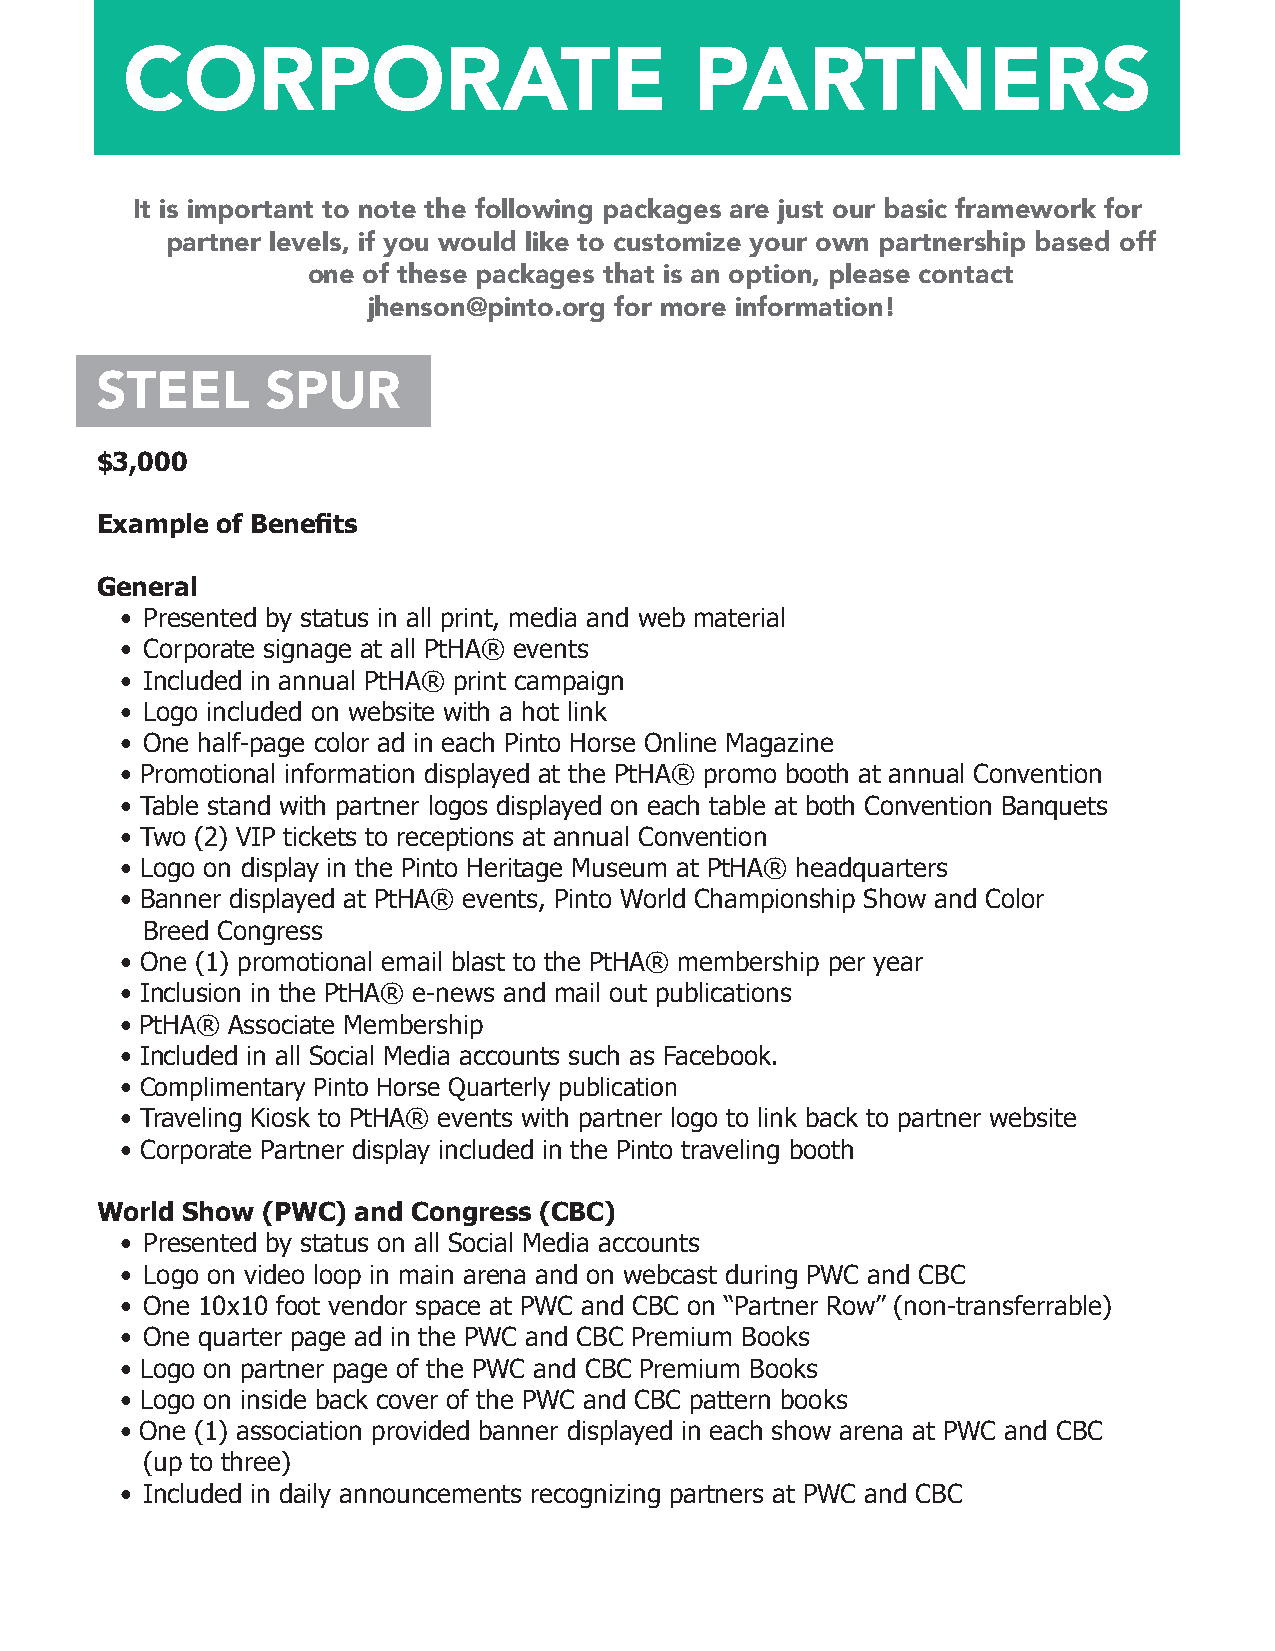
CORPORATE                             PARTNERS
 It is important to note the following packages are just our basic framework for
 partner levels, if you would like to customize your own partnership based off
 one of these packages that is an option, please contact
 jhenson@pinto.org for more information!
 STEEL       SPUR
 $3,000
 Example of Benefits
 General
 • Presented by status in all print, media and web material
 • Corporate signage at all PtHA® events
 • Included in annual PtHA® print campaign
 • Logo included on website with a hot link
 • One half-page color ad in each Pinto Horse Online Magazine
 • Promotional information displayed at the PtHA® promo booth at annual Convention
 • Table stand with partner logos displayed on each table at both Convention Banquets
 • Two (2) VIP tickets to receptions at annual Convention
 • Logo on display in the Pinto Heritage Museum at PtHA® headquarters
 • Banner displayed at PtHA® events, Pinto World Championship Show and Color
 Breed Congress
 • One (1) promotional email blast to the PtHA® membership per year
 • Inclusion in the PtHA® e-news and mail out publications
 • PtHA® Associate Membership
 • Included in all Social Media accounts such as Facebook.
 • Complimentary Pinto Horse Quarterly publication
 • Traveling Kiosk to PtHA® events with partner logo to link back to partner website
 • Corporate Partner display included in the Pinto traveling booth
 World Show (PWC)  and Congress (CBC)
 • Presented by status on all Social Media accounts
 • Logo on video loop in main arena and on webcast during PWC and CBC
 • One 10x10 foot vendor space at PWC and CBC on “Partner Row” (non-transferrable)
 • One quarter page ad in the PWC and CBC Premium Books
 • Logo on partner page of the PWC and CBC Premium Books
 • Logo on inside back cover of the PWC and CBC pattern books
 • One (1) association provided banner displayed in each show arena at PWC and CBC
 (up to three)
 • Included in daily announcements recognizing partners at PWC and CBC